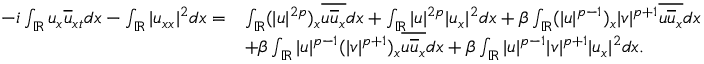
\begin{array} { r l } { - i \int _ { \mathbb { R } } u _ { x } \overline { { u } } _ { x t } d x - \int _ { \mathbb { R } } | u _ { x x } | ^ { 2 } d x = } & { \int _ { \mathbb { R } } ( | u | ^ { 2 p } ) _ { x } \overline { { u \overline { { u } } _ { x } } } d x + \int _ { \mathbb { R } } | u | ^ { 2 p } | u _ { x } | ^ { 2 } d x + \beta \int _ { \mathbb { R } } ( | u | ^ { p - 1 } ) _ { x } | v | ^ { p + 1 } \overline { { u \overline { { u } } _ { x } } } d x } \\ & { + \beta \int _ { \mathbb { R } } | u | ^ { p - 1 } ( | v | ^ { p + 1 } ) _ { x } \overline { { u \overline { { u } } _ { x } } } d x + \beta \int _ { \mathbb { R } } | u | ^ { p - 1 } | v | ^ { p + 1 } | u _ { x } | ^ { 2 } d x . } \end{array}